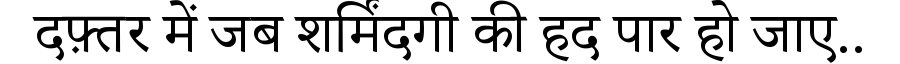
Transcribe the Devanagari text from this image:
दफ़्तर में जब शर्मिंदगी की हद पार हो जाए..